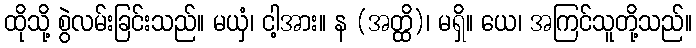
ထိုသို့ စွဲလမ်းခြင်းသည်။ မယှံ၊ ငါ့အား။ န (အတ္ထိ)၊ မရှိ။ ယေ၊ အကြင်သူတို့သည်။